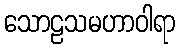
သောဠသမဟာဝါရာ